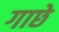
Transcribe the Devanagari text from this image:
गाछे